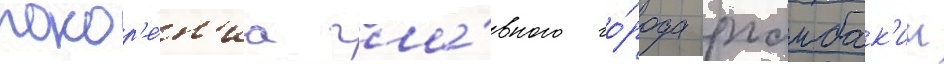
покор'е́н'иа гла́вного го́рода рхамбак'ии